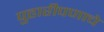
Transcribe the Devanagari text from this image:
पुढारीपणाचे